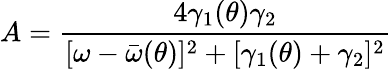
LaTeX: A=\frac{4\gamma_{1}(\theta)\gamma_{2}}{[\omega-\bar{\omega}(\theta)]^{2}+[\gamma_{1}(\theta)+\gamma_{2}]^{2}}